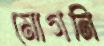
মোগনি